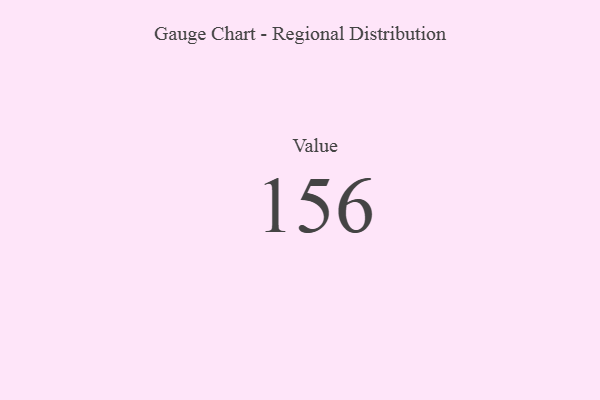
{"axis": {"x": "Metric", "y": "Value"}, "legend": [""], "data": [{"x": "Value", "y": 156, "type": ""}]}